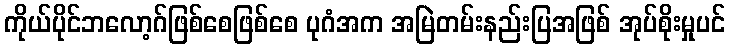
ကိုယ်ပိုင်ဘလော့ဂ်ဖြစ်စေဖြစ်စေ ပုဂံအက အမြဲတမ်းနည်းပြအဖြစ် အုပ်စိုးမှုပင်